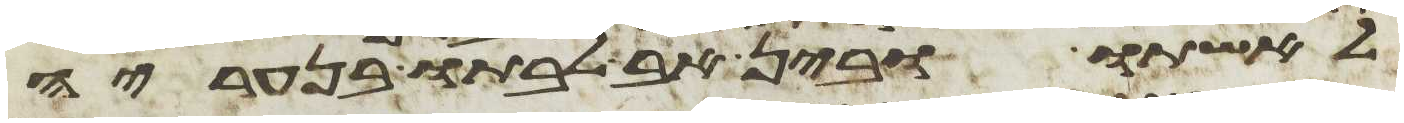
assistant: לאשתו ובין אב לבתו בנעריה